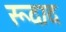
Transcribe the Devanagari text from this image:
रूदाद